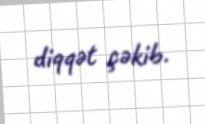
diqqət çəkib.